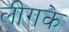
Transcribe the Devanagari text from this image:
लीगके